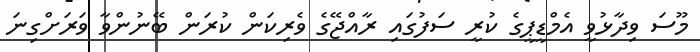
މޫސަ ވިދާޅުވީ އެމްޑީޕީގެ ކުރީ ސަފުގައި ރާއްޖޭގެ ވެރިކަން ކުރަން ބޭނުންވާ ވަރަށްގިނަ